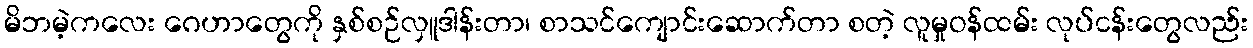
မိဘမဲ့ကလေး ဂေဟာတွေကို နှစ်စဉ်လှူဒါန်းတာ၊ စာသင်ကျောင်းဆောက်တာ စတဲ့ လူမှုဝန်ထမ်း လုပ်ငန်းတွေလည်း